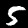
Label: 5